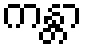
ကန္တာ